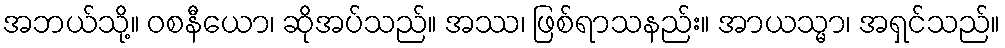
အဘယ်သို့။ ဝစနီယော၊ ဆိုအပ်သည်။ အဿ၊ ဖြစ်ရာသနည်း။ အာယသ္မာ၊ အရှင်သည်။